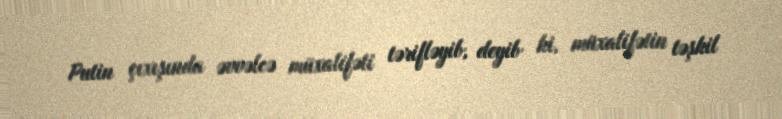
Putin çıxışında əvvəlcə müxalifəti tərifləyib, deyib ki, müxalifətin təşkil